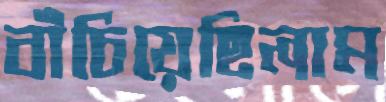
বাঁচিয়েছিলাম